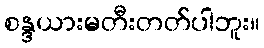
စန္ဒယားမတီးတတ်ပါဘူး။